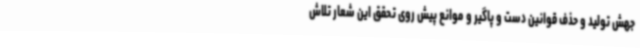
جهش تولید و حذف قوانین دست و پاگیر و موانع پیش روی تحقق این شعار تلاش